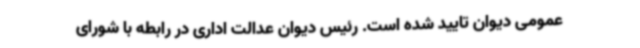
عمومی دیوان تایید شده است. رئیس دیوان عدالت اداری در رابطه با شورای